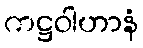
ကဋ္ဌဝါဟာနံ